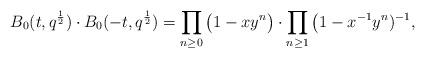
LaTeX: \begin{align*} B_0(t,q^{\frac{1}{2}})\cdot B_0(-t,q^{\frac{1}{2}})=\prod_{n\geq 0}\big(1-x y^{n}\big)\cdot \prod_{n\geq 1}\big(1-x^{-1} y^{n})^{-1},\end{align*}